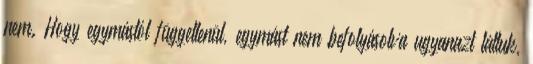
nem. Hogy egymástól függetlenül, egymást nem befolyásolva ugyanazt láttuk,